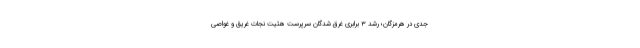
جدی در هرمزگان؛ رشد ۳ برابری غرق شدگان سرپرست هئیت نجات غریق و غواصی